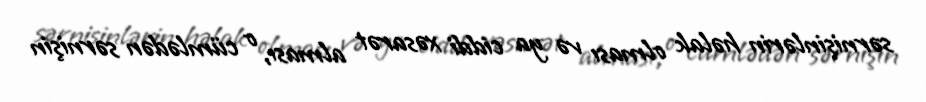
sərnişinlərin həlak olması və ya ciddi xəsarət alması, o cümlədən sərnişin